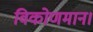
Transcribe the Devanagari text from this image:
विकोणमान।